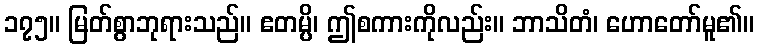
၁၇၅။ မြတ်စွာဘုရားသည်။ ဧတမ္ပိ၊ ဤစကားကိုလည်း။ ဘာသိတံ၊ ဟောတော်မူ၏။